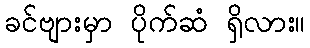
ခင်ဗျားမှာ ပိုက်ဆံ ရှိလား။